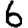
Digit: 6